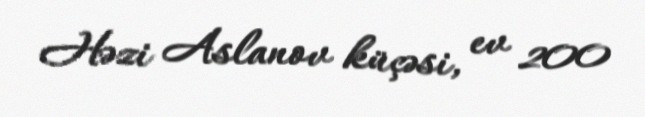
Həzi Aslanov küçəsi, ev 200